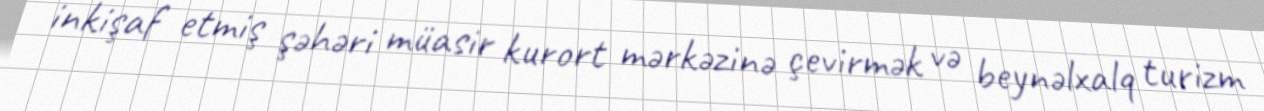
inkişaf etmiş şəhəri müasir kurort mərkəzinə çevirmək və beynəlxalq turizm